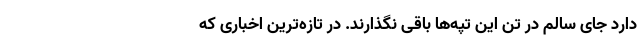
دارد جای سالم در تن این تپه‌ها باقی نگذارند. در تازه‌ترین اخباری که